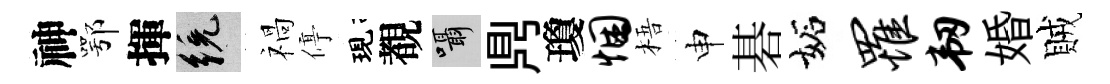
神鄂揮統禍停現覩囁𪔂瓊悃梧申碁妬罹韧婚賊